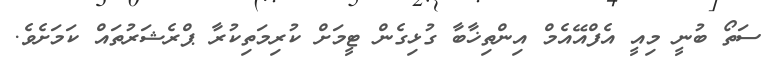
ސަތޯ ބުނީ މިއީ އެފްއޭއެމް އިންތިޚާބާ ގުޅިގެން ޓީމަށް ކުރިމަތިކުރާ ޕްރެޝަރުތައް ކަމަށެވެ.